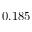
0 . 1 8 5